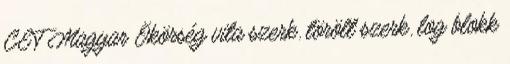
CET Magyar Ökörség vita szerk. törölt szerk. log blokk